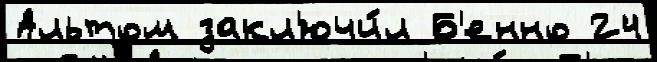
Альтом закл'ючи́л Б'енно 24